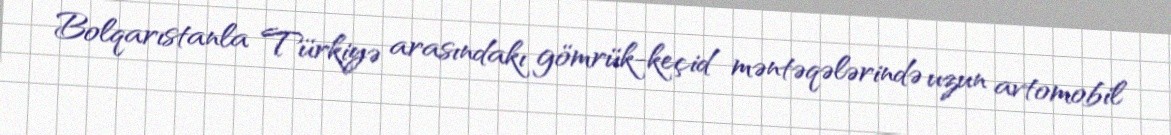
Bolqarıstanla Türkiyə arasındakı gömrük-keçid məntəqələrində uzun avtomobil